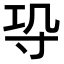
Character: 𭔫